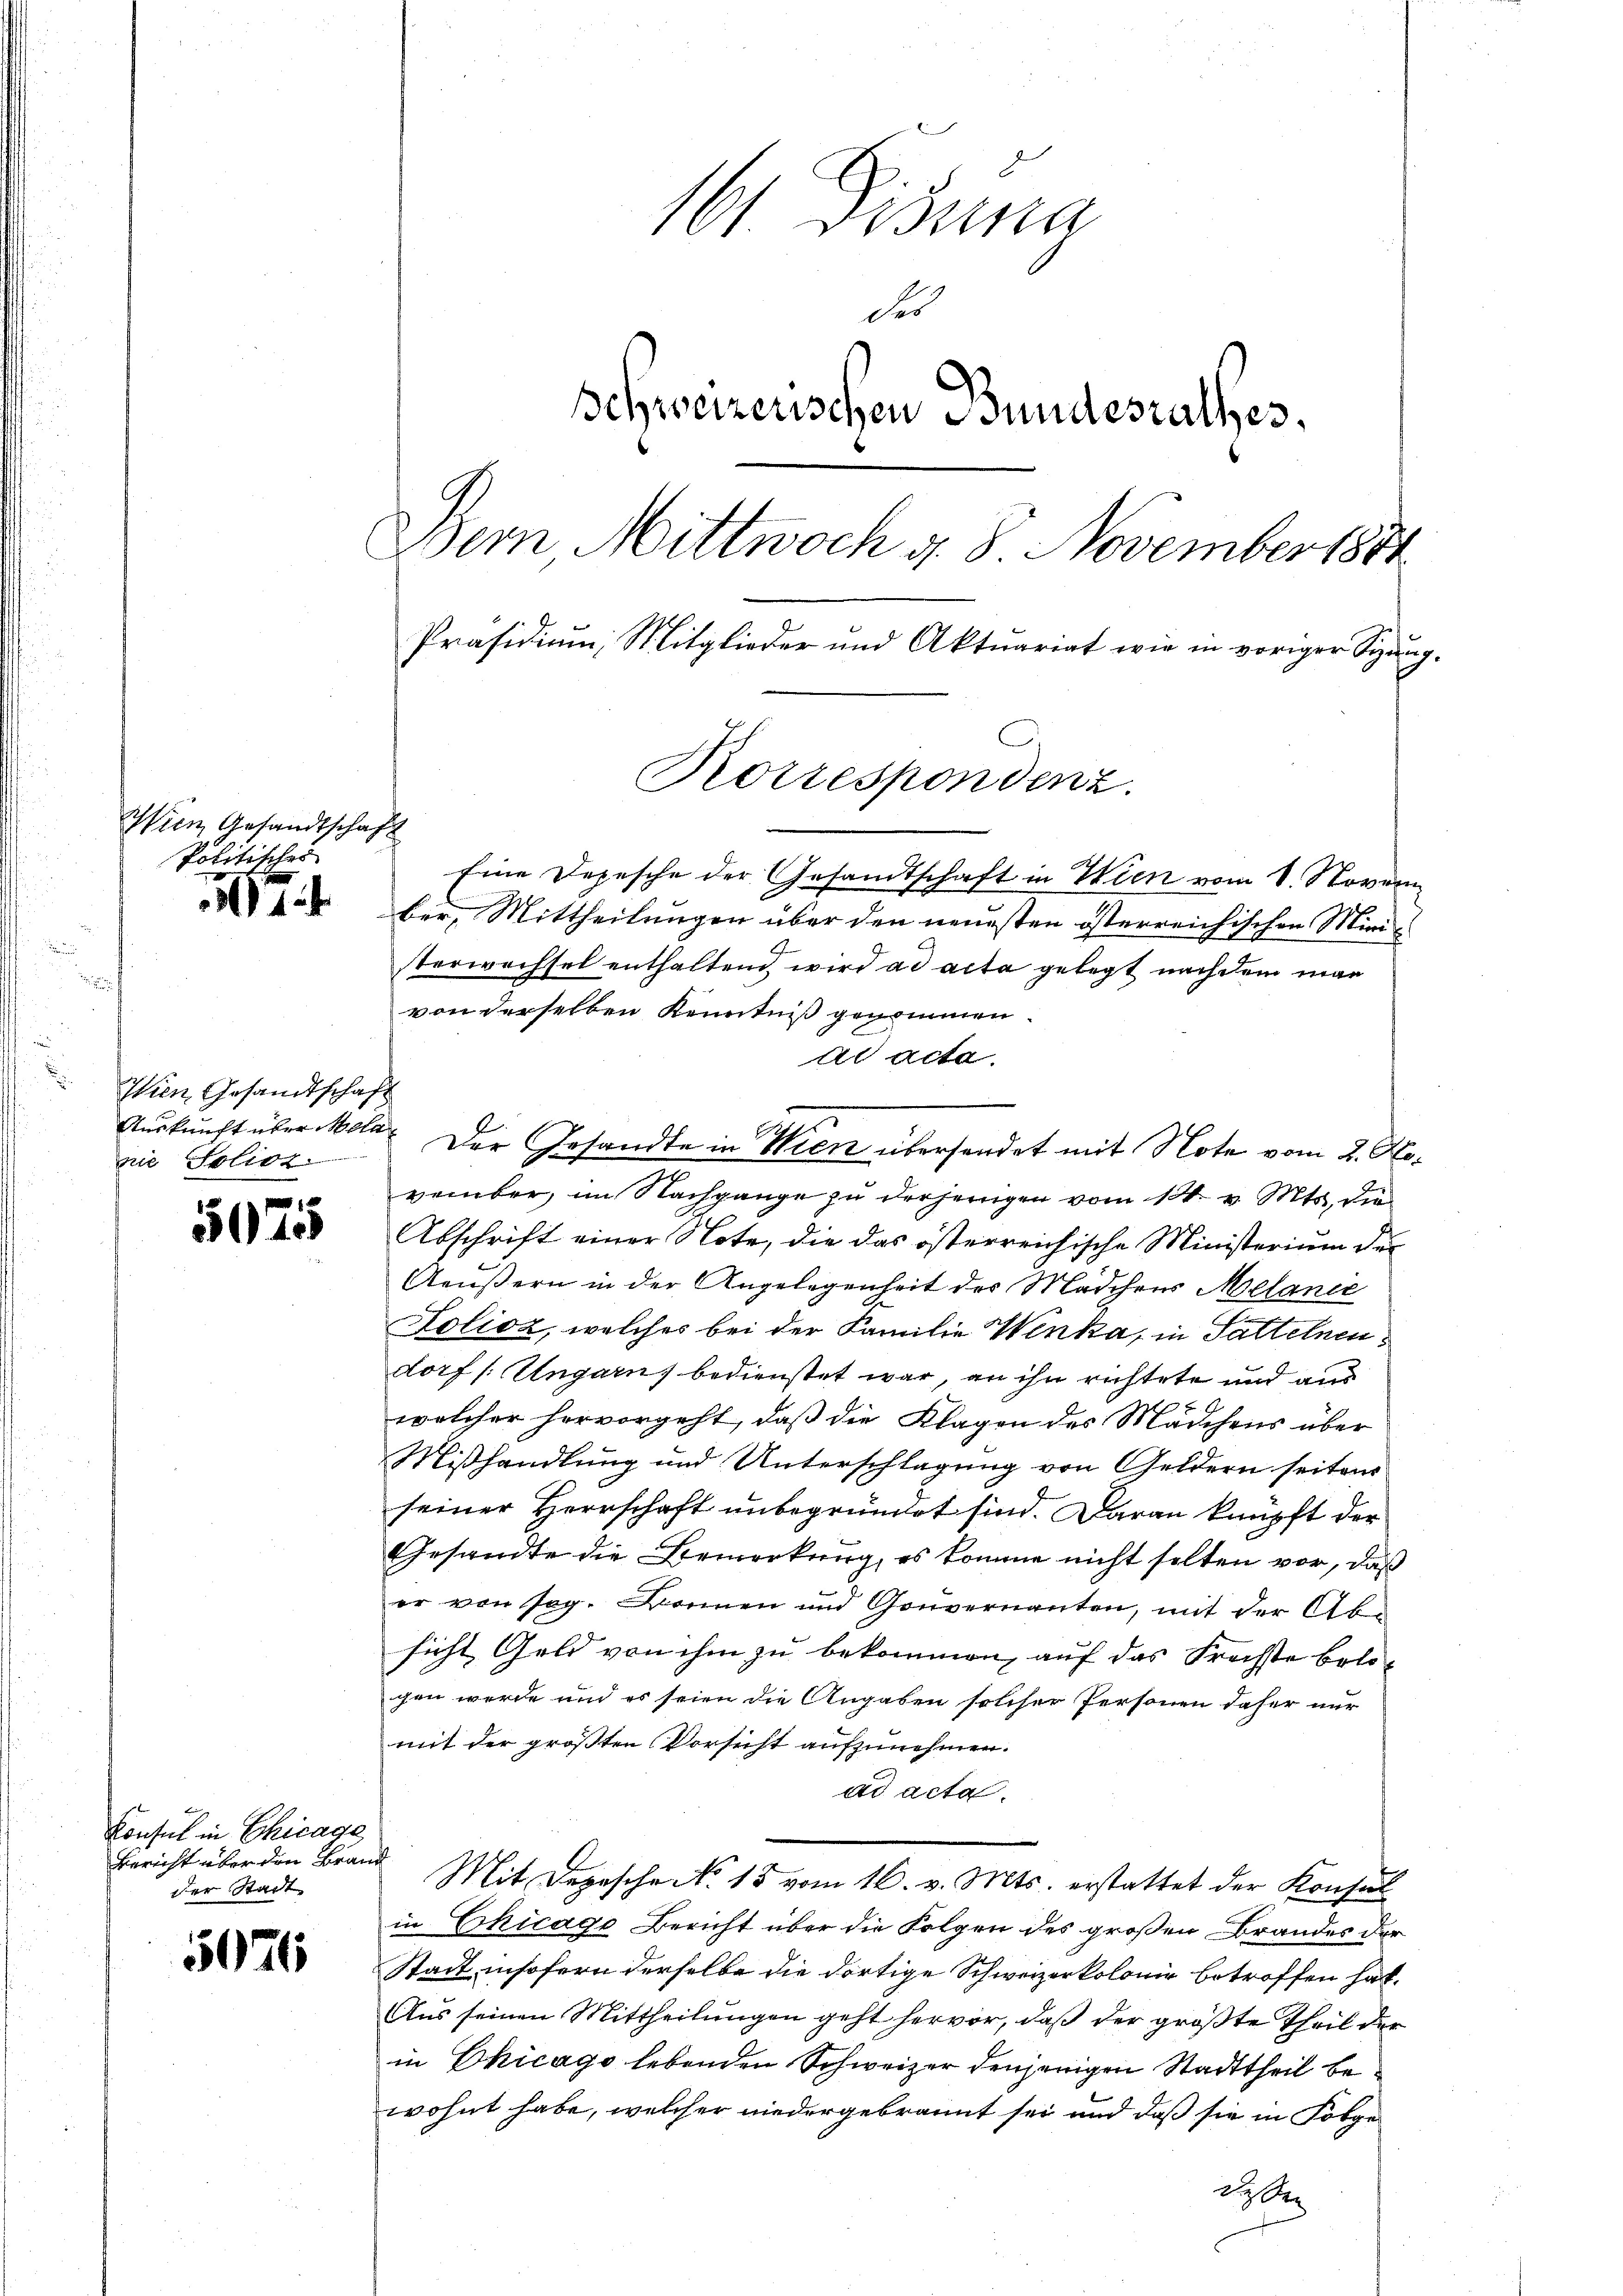
Wien Gesandtschaft
Politisches

1

540

5076

Wien Gesandtschaft
die Solioz.

Konsul in Chicage
Bericht über den Brand
der Stadt

161 Fisuna
des
Schweizerischen Bundesrathes.
ern Mittwoch d. 8 November 1884
Präsidium, Mitglieder und Aktuariat wie in voriger Sitzung.

Eine Depesche der Gesandtschaft in Wien vom 1. Novem
ber, Mittheilungen über den neuesten österreichischen Miniterwachsel enthaltend wird ad acta gelegt nachdem man
von derselben Kenntniß genommen.
Al acta.
Auskunft über Mola. Der Gesandte in Wien übersendet mit Note vom 2. Hevember, im Nachgange zu derjenigen vom 18. v. Mts. die
Abschrift einer Note, die das österreichische Ministerium des
Aeußern in der Angelegenheit der Mädchens Melance
Folioz, welches bei der Familie Wenka, in Sattelnen
dorf /: Ungarns bedienstet war, an ihn richtete und aus
5 S.
welcher hervorgeht, daß die Klagen des Marchens über
Mißhandlung und Unterschlagung von Geldern seitens
seiner Herrschaft unbegründet sind. Daran knüpft der
Gesandte die Bemerkung, es komme nicht selten vor, daß
er von sog. Bonnen und Gouvernanten, mit der Ab-
sicht Geld von ihm zu bekommen, auf das Fröchste belogen werde und es seien die Angaben solcher Personen daher nur
mit der größten Vorsicht aufzunehmen.
ad acta.
Mit Depesche No 15 vom 16. v. Mts. erstattet der Konsul
in Chicago Bericht über die Folgen des großen Brandes der
Stadt insofern derselbe die dortige Schweizerkolonie betroffen hat.
Aus seinen Mittheilungen geht hervor, daß der größte Theil der
in Chicago lebenden Schweizer denjenigen Stadttheil bewohnt habe, welcher niedergebrannt sei und daß sie in Folge
de

Korrespondenz.